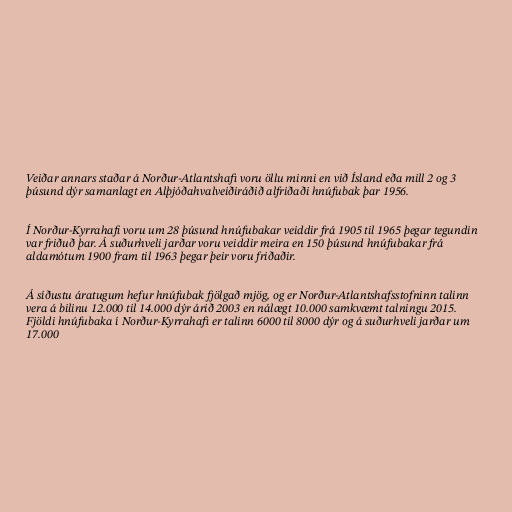
Veiðar annars staðar á Norður-Atlantshafi voru öllu minni en við Ísland eða mill 2 og 3
þúsund dýr samanlagt en Alþjóðahvalveiðiráðið alfriðaði hnúfubak þar 1956.

Í Norður-Kyrrahafi voru um 28 þúsund hnúfubakar veiddir frá 1905 til 1965 þegar tegundin
var friðuð þar. Á suðurhveli jarðar voru veiddir meira en 150 þúsund hnúfubakar frá
aldamótum 1900 fram til 1963 þegar þeir voru friðaðir.

Á síðustu áratugum hefur hnúfubak fjölgað mjög, og er Norður-Atlantshafsstofninn talinn
vera á bilinu 12.000 til 14.000 dýr árið 2003 en nálægt 10.000 samkvæmt talningu 2015.
Fjöldi hnúfubaka í Norður-Kyrrahafi er talinn 6000 til 8000 dýr og á suðurhveli jarðar um
17.000